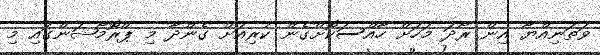
ވަތަނިއްޔާ އިން ރޯދަ މަހަށް ހާއްސަކޮށްގެން ކުރިއަށް ގެންދާ މި ޕްރޮމޯޝަންގައި މި